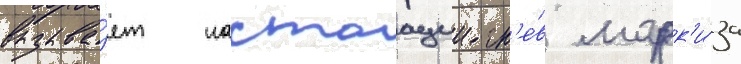
вызыва́ет настоащии гн'е́в марк'и́за